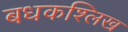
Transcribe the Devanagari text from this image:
बधकश्लिख